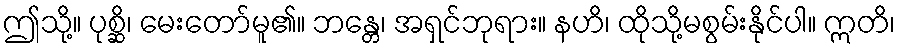
ဤသို့။ ပုစ္ဆိ၊ မေးတော်မူ၏။ ဘန္တေ၊ အရှင်ဘုရား။ နဟိ၊ ထိုသို့မစွမ်းနိုင်ပါ။ ဣတိ၊